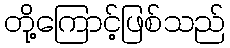
တို့ကြောင့်ဖြစ်သည်